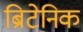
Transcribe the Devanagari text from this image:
ब्रिटेनिक